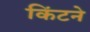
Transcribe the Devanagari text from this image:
किंटने